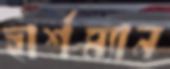
হার্শম্যান